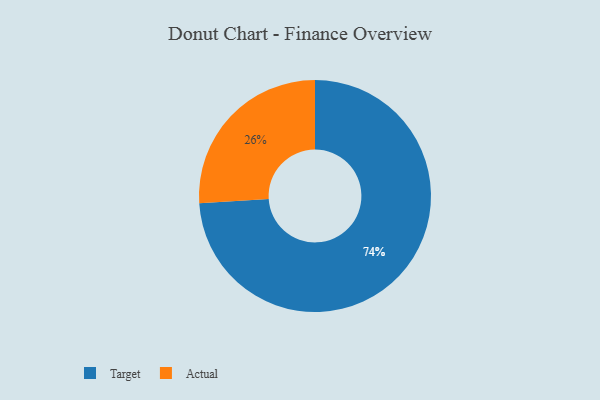
{"axis": {"x": "Category", "y": "Percentage"}, "legend": ["Actual", "Target"], "data": [{"x": "Actual", "y": 26, "type": "Actual"}, {"x": "Target", "y": 74, "type": "Target"}]}